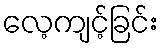
လေ့ကျင့်ခြင်း